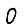
Digit: 0